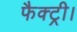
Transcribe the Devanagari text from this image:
फैक्ट्री।